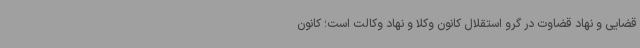
قضایی و نهاد قضاوت در گرو استقلال کانون وکلا و نهاد وکالت است؛ کانون